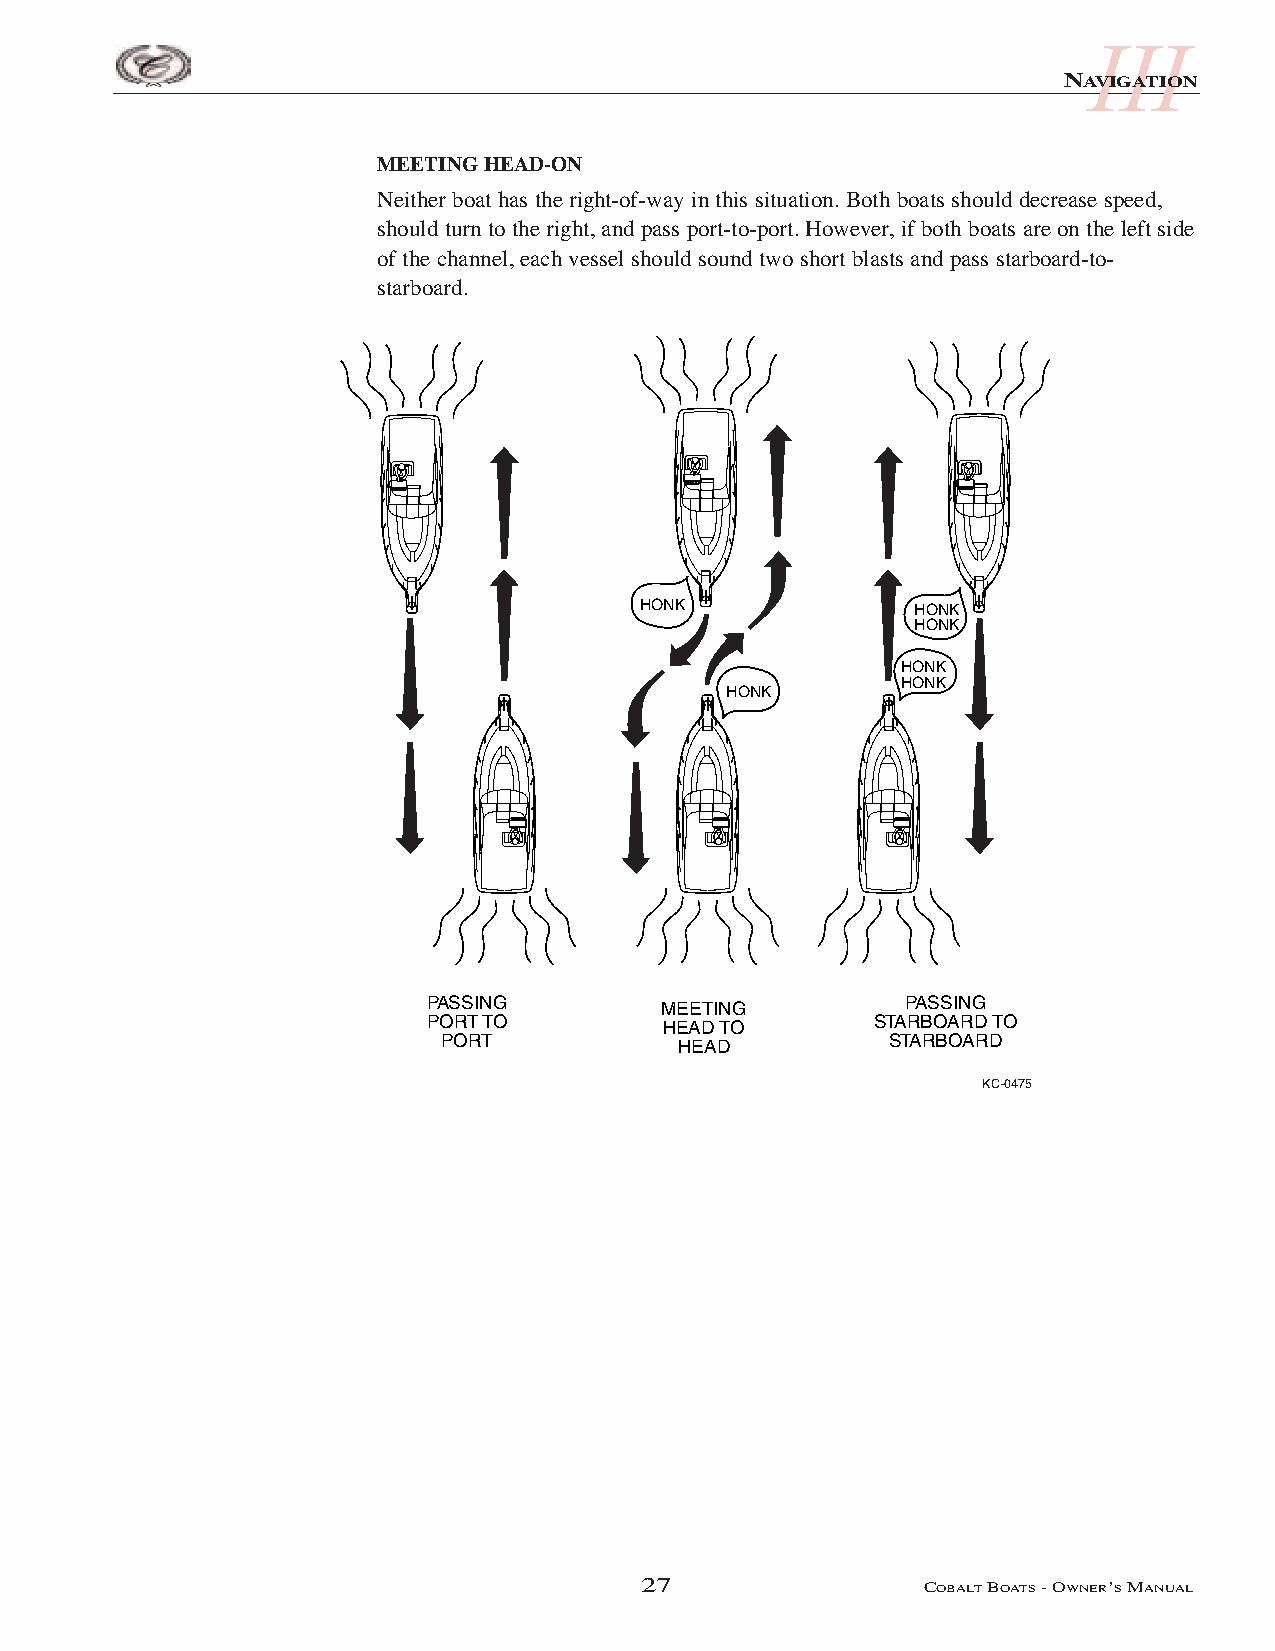
III
 NAVIGATION
 MEETING HEAD-ON
 Neither boat has the right-of-way in this situation. Both boats should decrease speed,
 should turn to the right, and pass port-to-port. However, if both boats are on the left side
 of the channel, each vessel should sound two short blasts and pass starboard-to-
 starboard.
 HONK               HONK
 HONK
 HONK
 HONK
 HONK
 PASSING         MEETING         PASSING
 PORT TO         HEAD TO       STARBOARD TO
 PORT            HEAD          STARBOARD
 KC-0475
 27                 COBALTBOATS- OWNER’SMANUAL